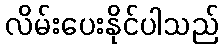
လိမ်းပေးနိုင်ပါသည်